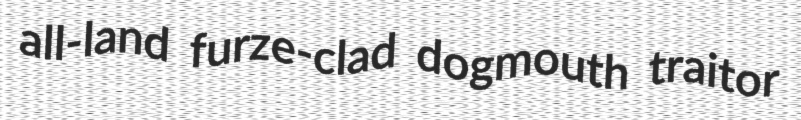
all-land furze-clad dogmouth traitor